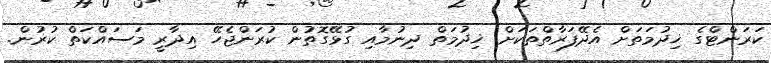
ކަރަންޓްގެ ޚިދުމަތަށް އެދޭފަރާތްތަކަށް ޚިދުމަތް ދިނުމާއި ގުޅޭގޮތުން ކުރަންޖެހޭ އިދާރީ މަސައްކަތް ކުރުން.